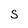
Character: S